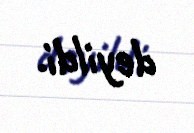
deyildi.